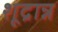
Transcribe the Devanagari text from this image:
शूद्रान्न